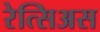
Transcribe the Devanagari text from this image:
रेत्सिअस